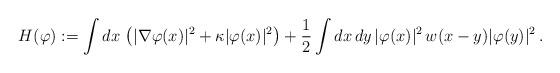
LaTeX: \begin{align*}H(\varphi) := \int dx \, \left(|\nabla \varphi(x)|^2 + \kappa |\varphi(x)|^2\right) + \frac{1}{2}\int dx\,dy\, |\varphi(x)|^2\,w(x-y)|\varphi(y)|^2\,.\end{align*}